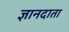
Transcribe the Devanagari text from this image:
ज्ञानदाता